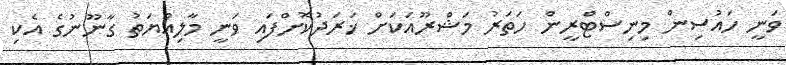
ވަނީ ހައުސިން މިނިސްޓްރީން ހަތަރު މަޝްރޫއަކަށް ޚަރަދުކޮށްފައި ވަނީ މާލިއްޔަތު ގާނޫނުގެ އެކި